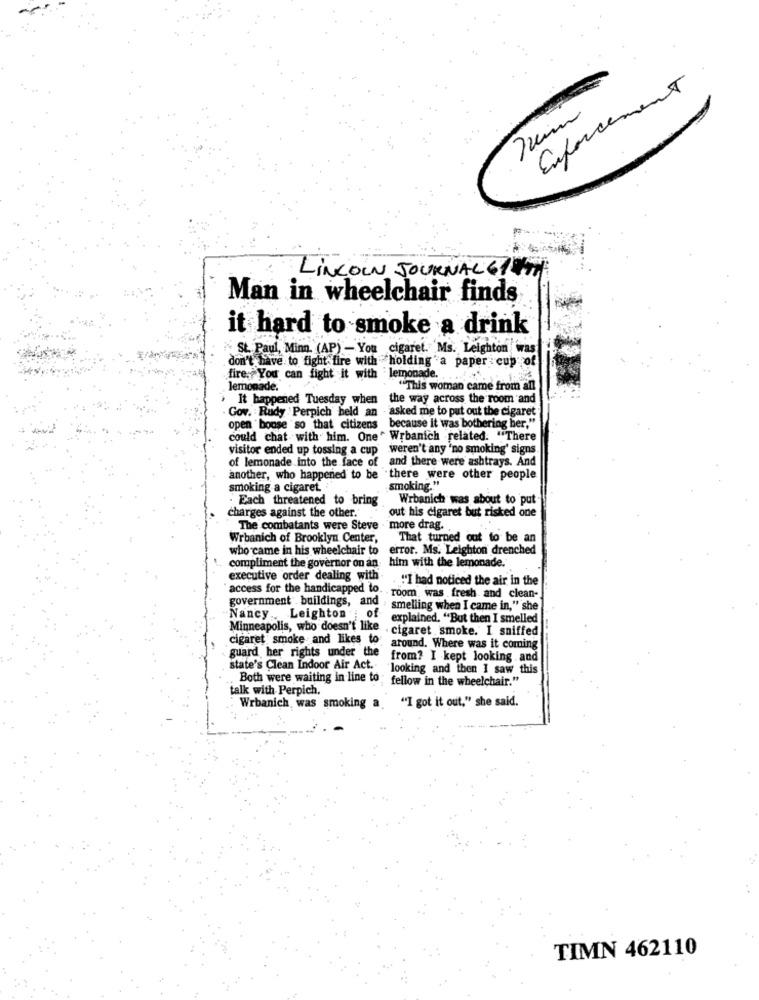
Enforcement
LINCOLN JOURNAL 6! WITH
Man in wheelchair finds
it hard to smoke a drink
St. Paul, Minn. (AP) - You cigaret. Ms. Leighton was
don't have to fight fire with holding a paper cup of
fire.You can fight it with lemonade. ..
lemonade.
"This woman came from all
It happened Tuesday when the way across the room and
Gov. Rudy Perpich beld an - asked me to put out the cigaret
open bouse so that citizens because it was bothering her."
could chat with him. One Wrbanich related. "There
visitor ended up tossing a cup weren't any 'no smoking' signs
of lemonade into the face of
and there were ashtrays. And
another, who happened to be there were other people
smoking a cigaret.
smoking."
. Each threatened to bring
Wrbanich was about to put
charges against the other.'
out his cigaret but risked one
The combatants were Steve
more drag ..
Wrbanich of Brooklyn Center,
That turned out to be an
who came in his wheelchair to
error. Ms. Leighton drenched
him with the lemonade.
compliment the governor on an
executive order dealing with
"I had noticed the air in the
access for the handicapped to. room was fresh and clean-
government buildings, and : smelling when I came in," she
Nancy Leighton ; of
explained. "But then I smelled
Minneapolis, who doesn't like .
cigaret smoke. I sniffed
cigaret smoke and likes to
guard her rights under the
around. Where was it coming
from? I kept looking .and
state's Clean Indoor Air Act.
looking and then I saw this
Both were waiting in line to ; fellow in the wheelchair."
talk with Perpich.
Wrbanich was smoking a
"I got it out," she said.
TIMN 462110